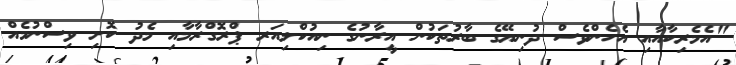
"އެމެރިކާއާއި އެހެންވެސް ދުނިޔޭގެ ބާރުތަކުން އީރާނުގެ ނިއުކްލިއަރ ޕްރޮގްރާމާއި މެދު ކޮށި ވިސްނުމެއް